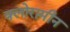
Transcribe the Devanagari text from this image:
क्लोरामीन